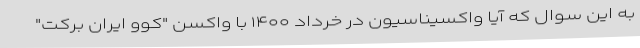
به این سوال که آیا واکسیناسیون در خرداد ۱۴۰۰ با واکسن "کوو ایران برکت"